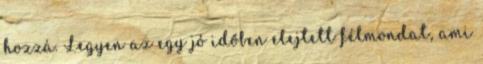
hozzá. Legyen az egy jó időben elejtett félmondat, ami